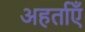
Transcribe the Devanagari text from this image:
अहर्ताएँ